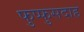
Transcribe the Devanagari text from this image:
फुप्फुसदाह